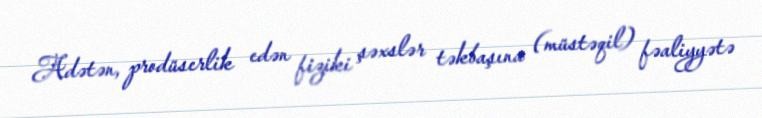
Adətən, prodüserlik edən fiziki şəxslər təkbaşına (müstəqil) fəaliyyətə